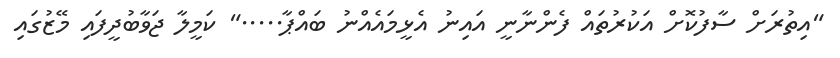
"އިތުރަށް ސާފުކޮށް އަކުރުތައް ފެންނާނީ އައިނު އެޅީމައެއްނު ބައްޕާ....." ކަމީލާ ޖަވާބުދީފައި މޭޒުގައި